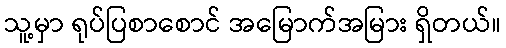
သူ့မှာ ရုပ်ပြစာစောင် အမြောက်အမြား ရှိတယ်။